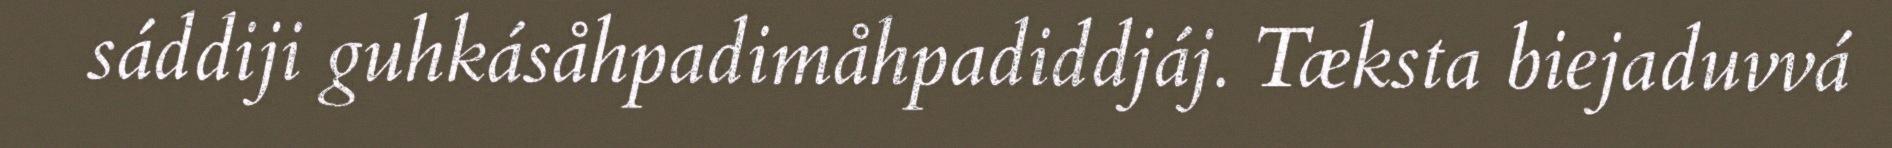
sáddiji guhkásåhpadimåhpadiddjáj. Tæksta biejaduvvá